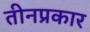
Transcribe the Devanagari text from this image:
तीनप्रकार